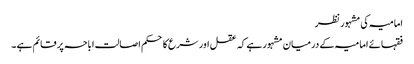
امامیہ کی مشہور نظر
فقہائے امامیہ کے درمیان مشہور ہے کہ عقل اور شرع کا حکم اصالت اباحہ پر قائم ہے ۔